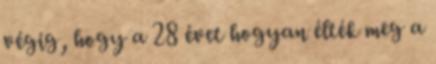
végig, hogy a 28 évet hogyan élték meg a